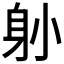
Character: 𨈓